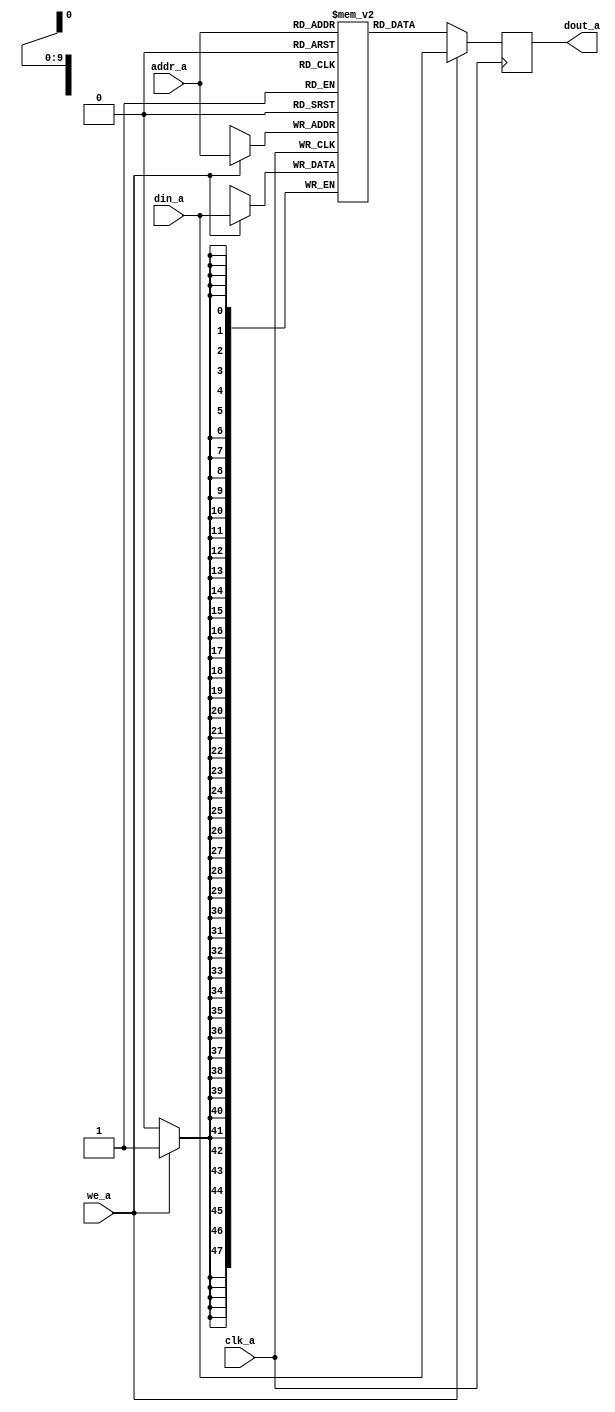
module warrants_code_1024x48(

   input      [9:0]     addr_a,
   input      [47:0]    din_a,
   output reg [47:0]    dout_a,

   input                clk_a,
   input                we_a

 /*  input      [8:0]     addr_b,
   input      [48:0]    din_b,
   output reg [48:0]    dout_b,

   input                clk_b,
   input                we_b
*/
);


   (* ram_style = "block" *) reg [47:0] ram [0:1023];
//   (* ram_style = "auto" *) reg [47:0] ram [0:1023];


   //-----------------------
   //    Port A
   //-----------------------
   always@(posedge clk_a) begin
      if (we_a) begin
         ram[addr_a]  <=  din_a;
         dout_a       <=  din_a;
      end
      else
         dout_a       <=  ram[addr_a];
   end
/*
   //-----------------------
   //    Port B
   //-----------------------
   always@(posedge clk_b) begin
      if (we_b) begin
         ram[addr_b]  <=  din_b;
         dout_b       <=  din_b;
      end
      else
         dout_b       <=  ram[addr_b];
   end
*/
endmodule